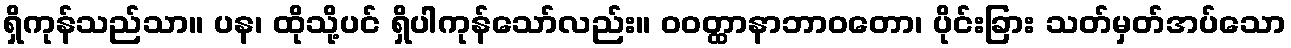
ရှိကုန်သည်သာ။ ပန၊ ထိုသို့ပင် ရှိပါကုန်သော်လည်း။ ဝဝတ္ထာနာဘာဝတော၊ ပိုင်းခြား သတ်မှတ်အပ်သော